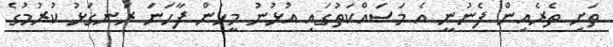
ތަށި ތެރެއިން ފެނުނީ އެ މަސައްކަތުގައި އުޅުނު މީހުން ފާހަނަ ރަނގަޅު ކުރުމުގެ